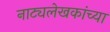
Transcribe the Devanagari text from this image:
नाट्यलेखकांच्या